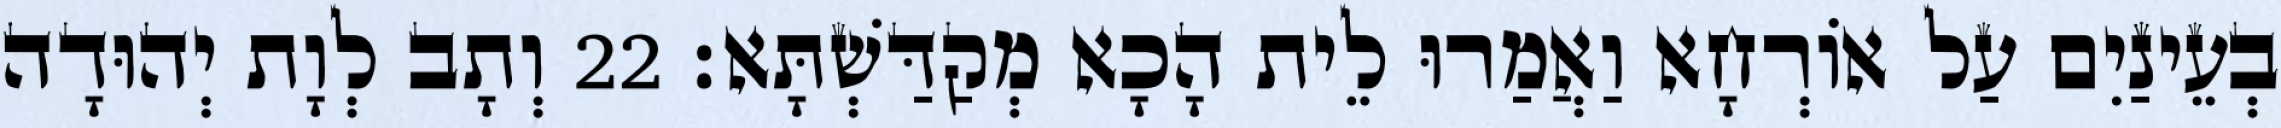
בְעֵינַיִם עַל אוֹרְחָא וַאֲמַרוּ לֵית הָכָא מְקַדַּשְׁתָּא׃ 22 וְתָב לְוָת יְהוּדָה